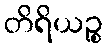
တိရိယဉ္စ